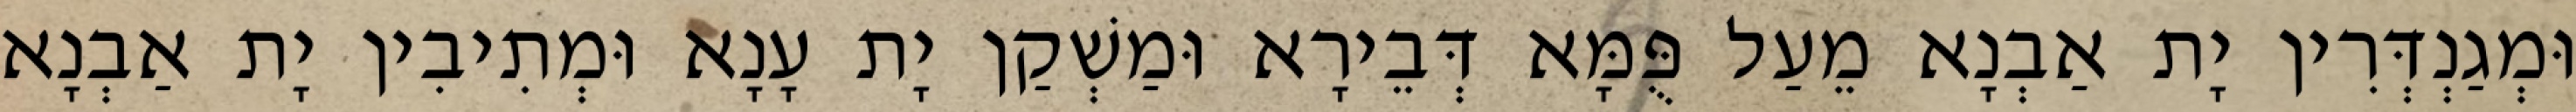
וּמְגַנְדְּרִין יָת אַבְנָא מֵעַל פֻּמָּא דְּבֵירָא וּמַשְׁקַן יָת עָנָא וּמְתִיבִין יָת אַבְנָא